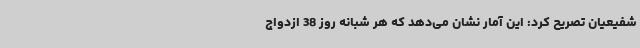
شفیعیان تصریح کرد: این آمار نشان می‌دهد که هر شبانه روز 38 ازدواج